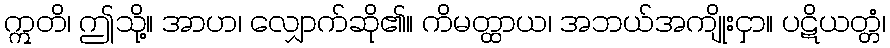
ဣတိ၊ ဤသို့။ အာဟ၊ လျှောက်ဆို၏။ ကိမတ္ထာယ၊ အဘယ်အကျိုးငှာ။ ပဋိယတ္တံ၊